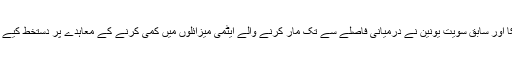
امریکا اور سابق سویت یونین نے درمیانی فاصلے سے تک مار کرنے والے ایٹمی میزائلوں میں کمی کرنے کے معاہدے پر دستخط کیے تھے۔